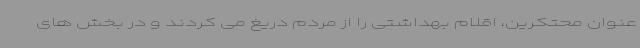
عنوان محتکرین، اقلام بهداشتی را از مردم دریغ می کردند و در بخش های